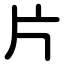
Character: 片